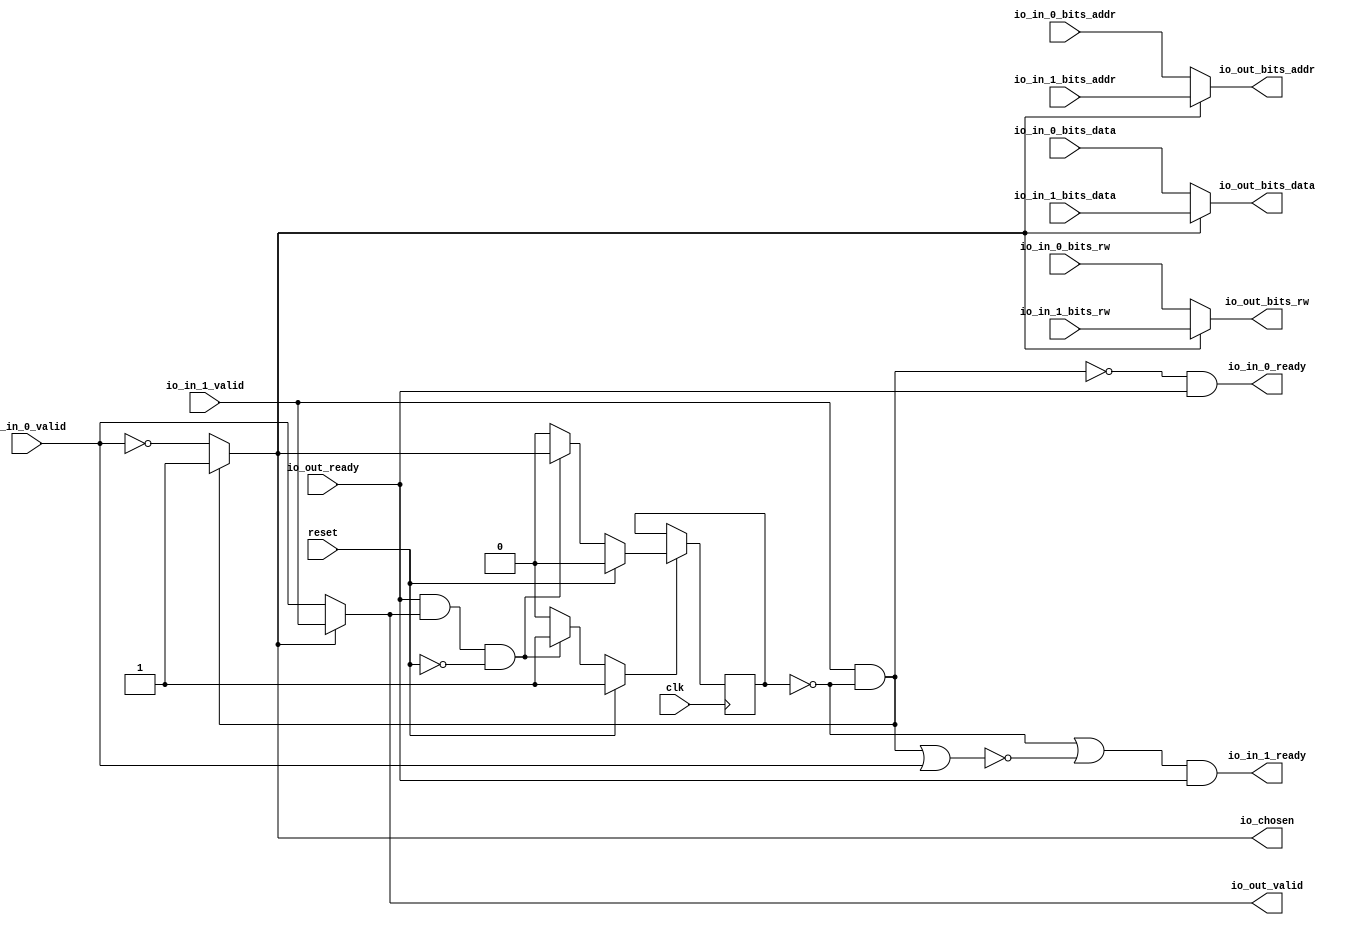
module RRArbiter_1
(
  clk,
  reset,
  io_in_1_ready,
  io_in_1_valid,
  io_in_1_bits_rw,
  io_in_1_bits_addr,
  io_in_1_bits_data,
  io_in_0_ready,
  io_in_0_valid,
  io_in_0_bits_rw,
  io_in_0_bits_addr,
  io_in_0_bits_data,
  io_out_ready,
  io_out_valid,
  io_out_bits_rw,
  io_out_bits_addr,
  io_out_bits_data,
  io_chosen
);

  input [11:0] io_in_1_bits_addr;
  input [63:0] io_in_1_bits_data;
  input [11:0] io_in_0_bits_addr;
  input [63:0] io_in_0_bits_data;
  output [11:0] io_out_bits_addr;
  output [63:0] io_out_bits_data;
  input clk;
  input reset;
  input io_in_1_valid;
  input io_in_1_bits_rw;
  input io_in_0_valid;
  input io_in_0_bits_rw;
  input io_out_ready;
  output io_in_1_ready;
  output io_in_0_ready;
  output io_out_valid;
  output io_out_bits_rw;
  output io_chosen;
  wire [11:0] io_out_bits_addr;
  wire [63:0] io_out_bits_data;
  wire io_in_1_ready,io_in_0_ready,io_out_valid,io_out_bits_rw,io_chosen,N0,N1,N2,N3,
  N4,N5,N6,T1,N7,T2,T4,N8,T11,T18,T12,T13,T16,T14,T15,T17,T20,T24,T21,T22,T23,T26,
  T25,N9,N10,N11,N12,N13,N14,N15;
  reg last_grant;
  assign T17 = N0 & 1'b0;
  assign N0 = ~last_grant;
  assign T18 = N1 & 1'b0;
  assign N1 = ~last_grant;

  always @(posedge clk) begin
    if(N11) begin
      last_grant <= N12;
    end 
  end

  assign N15 = ~io_in_0_valid;
  assign io_chosen = (N2)? 1'b1 : 
                     (N3)? N15 : 1'b0;
  assign N2 = T1;
  assign N3 = N7;
  assign io_out_bits_data = (N4)? io_in_1_bits_data : 
                            (N5)? io_in_0_bits_data : 1'b0;
  assign N4 = io_chosen;
  assign N5 = N8;
  assign io_out_bits_addr = (N4)? io_in_1_bits_addr : 
                            (N5)? io_in_0_bits_addr : 1'b0;
  assign io_out_bits_rw = (N4)? io_in_1_bits_rw : 
                          (N5)? io_in_0_bits_rw : 1'b0;
  assign io_out_valid = (N4)? io_in_1_valid : 
                        (N5)? io_in_0_valid : 1'b0;
  assign N11 = (N6)? 1'b1 : 
               (N14)? 1'b1 : 
               (N10)? 1'b0 : 1'b0;
  assign N6 = reset;
  assign N12 = (N6)? 1'b0 : 
               (N14)? io_chosen : 1'b0;
  assign N7 = ~T1;
  assign T1 = io_in_1_valid & T2;
  assign T2 = ~last_grant;
  assign T4 = io_out_ready & io_out_valid;
  assign N8 = ~io_chosen;
  assign io_in_0_ready = T11 & io_out_ready;
  assign T11 = T18 | T12;
  assign T12 = ~T13;
  assign T13 = T16 | T14;
  assign T14 = io_in_1_valid & T15;
  assign T15 = ~last_grant;
  assign T16 = io_in_0_valid & T17;
  assign io_in_1_ready = T20 & io_out_ready;
  assign T20 = T24 | T21;
  assign T21 = ~T22;
  assign T22 = T23 | io_in_0_valid;
  assign T23 = T16 | T14;
  assign T24 = T26 & T25;
  assign T25 = ~last_grant;
  assign T26 = ~T16;
  assign N9 = T4 | reset;
  assign N10 = ~N9;
  assign N13 = ~reset;
  assign N14 = T4 & N13;

endmodule